Civil Veterinary Dept. North-West Frontier Province 1923-32 - 1923-1932
Year: 1923
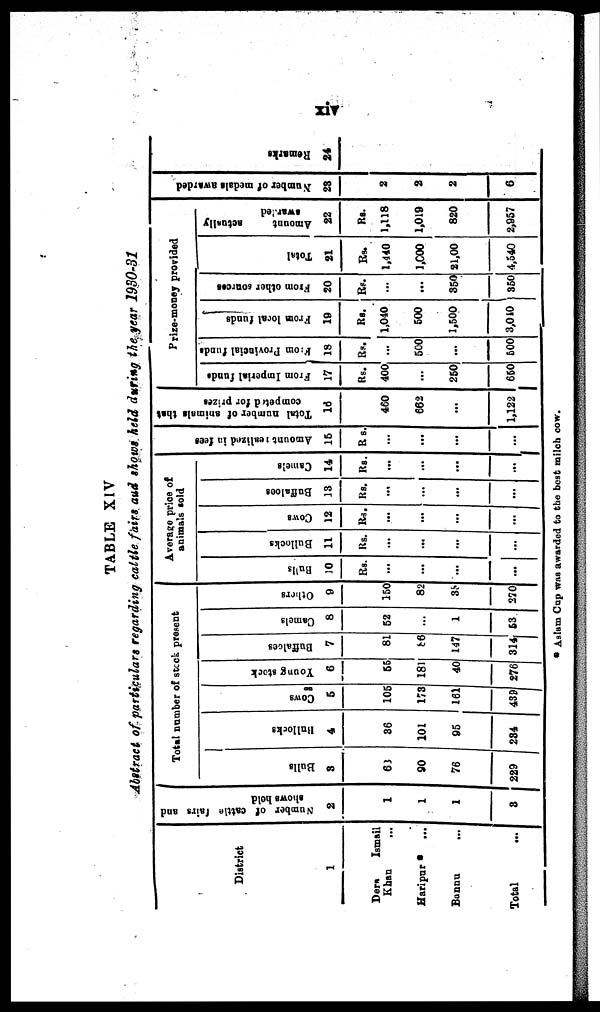
xiv
TABLE XIV
Abstract of particulars regarding cattle fairs and shows held during the year 1930-31
District
1
Dera
Ismail
Khan...
Haripur
...
Bannu ...
Total
Number of cattle fairs and
shows hold
2
1
1
1
3
Total number of stock present
Bulls
3
63
90
76
229
Bullocks
4
36
101
95
234
Cows
5
105
173
161
439
Young stock
6
55
181
40
276
Buffaloes
7
81
86
147
314
Camels
8
52
...
1
53
Others
9
150
82
38
270
Average price of
animals sold
Bulls
10
Rs.
...
...
...
...
Bullocks
11
Rs.
...
...
...
...
Cows
12
Rs.
...
...
...
...
Buffaloes
13
Rs.
...
...
...
...
Camels
14
Rs.
...
...
...
...
Amo u n t r e a l i z e d in fees
15
Rs.
...
...
...
...
Total number of animals that
competed
for prizes
16
460
662
...
1,122
Prize-money provided
From Imperial funds
17
Rs.
400
...
250
650
From Provincial funds
18
Rs.
...
500
...
500
From local funds
19
Rs.
1,040
500
1,500
3,040
From other sources
20
Rs.
...
...
350
350
Total
21
Rs.
1,440
1,000
21,00
4,540
Amount
actually
awarded
22
Rs.
1,118
1,019
820
2,957
Number of medals awarded
23
2
2
2
6
Remarks
24
* Aslam Cup was awarded to the best milch cow.